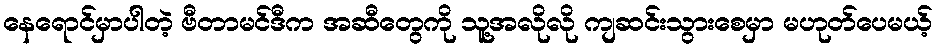
နေရောင်မှာပါတဲ့ ဗီတာမင်ဒီက အဆီတွေကို သူ့အလိုလို ကျဆင်းသွားစေမှာ မဟုတ်ပေမယ့်